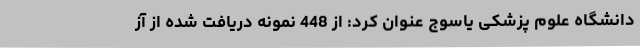
دانشگاه علوم پزشکی یاسوج عنوان کرد: از 448 نمونه دریافت شده از آز